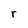
Character: r